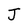
Character: J